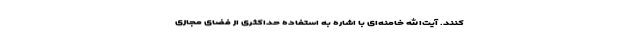
کنند. آیت‌الله خامنه‌ای با اشاره به استفاده حداکثری از فضای مجازی